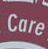
care